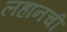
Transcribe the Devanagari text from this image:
लहानची